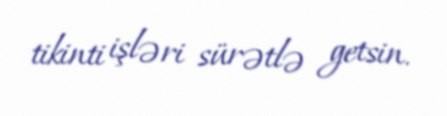
tikinti işləri sürətlə getsin.